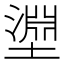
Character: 𭏰